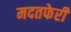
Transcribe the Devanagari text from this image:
मदतफेरी